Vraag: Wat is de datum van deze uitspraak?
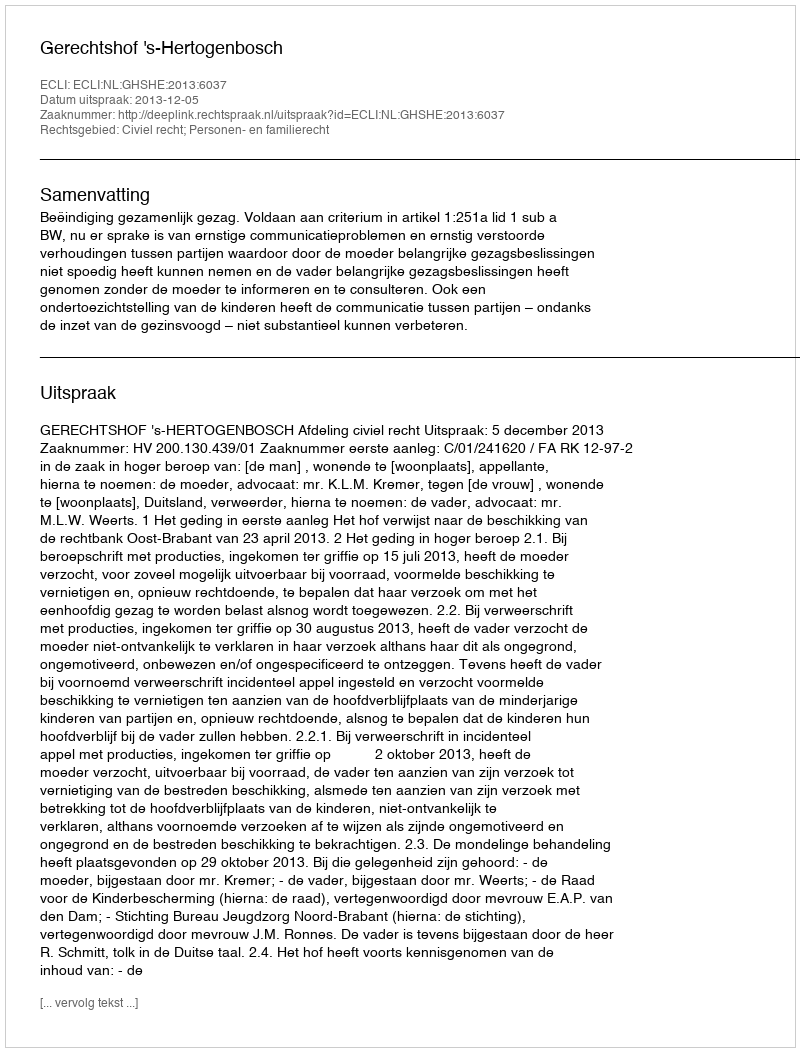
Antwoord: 2013-12-05